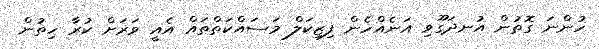
ހުންނަ ގޮތުން އުނދަގޫވި އަނެއްހެން ފިޒިކަލް މަސައްކަތްތައް އެއީ ވަރަށް ކުރާ ހިތުން